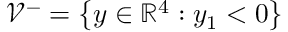
\mathcal { V } ^ { - } = \left\lbrace \boldsymbol { y } \in \mathbb { R } ^ { 4 } : y _ { 1 } < 0 \right\rbrace